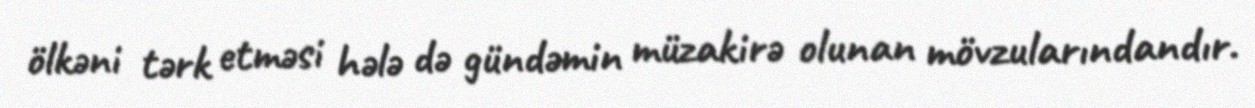
ölkəni tərk etməsi hələ də gündəmin müzakirə olunan mövzularındandır.